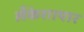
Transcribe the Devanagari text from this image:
लँकेशायार